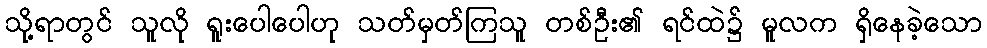
သို့ရာတွင် သူလို ရူးပေါပေါဟု သတ်မှတ်ကြသူ တစ်ဦး၏ ရင်ထဲ၌ မူလက ရှိနေခဲ့သော